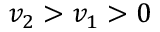
v _ { 2 } > v _ { 1 } > 0